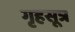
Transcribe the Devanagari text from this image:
गृहसूत्र